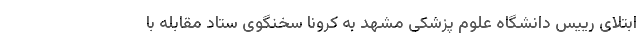
ابتلای رییس دانشگاه علوم پزشکی مشهد به کرونا سخنگوی ستاد مقابله با